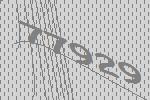
77929